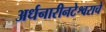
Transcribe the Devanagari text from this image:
अर्धनारीनटेश्वराचे